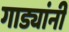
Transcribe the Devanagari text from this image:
गाड्यांनी